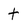
Character: t